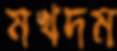
মখদম